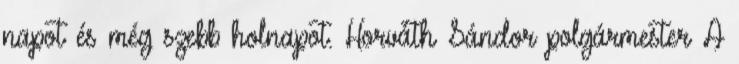
napot és még szebb holnapot. Horváth Sándor polgármester A